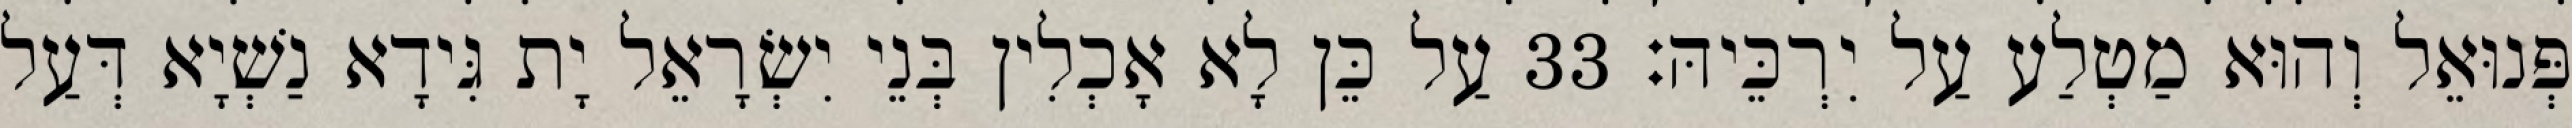
פְּנוּאֵל וְהוּא מַטְלַע עַל יִרְכֵּיהּ׃ 33 עַל כֵּן לָא אָכְלִין בְּנֵי יִשְׂרָאֵל יָת גִּידָא נַשְׁיָא דְּעַל